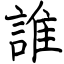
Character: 誰